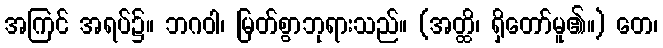
အကြင် အရပ်၌။ ဘဂဝါ၊ မြတ်စွာဘုရားသည်။ (အတ္ထိ၊ ရှိတော်မူ၏။) တေ၊